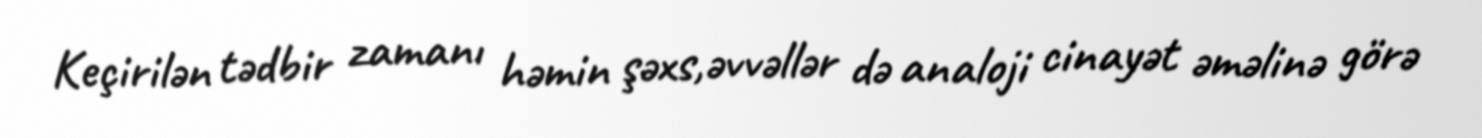
Keçirilən tədbir zamanı həmin şəxs,əvvəllər də analoji cinayət əməlinə görə